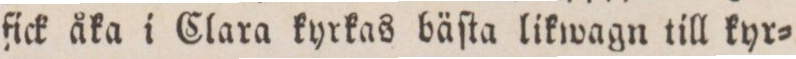
fick åka i Clara kyrkas bäſta likwagn till kyr=